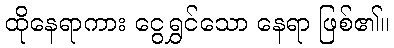
ထိုနေရာကား ငွေရွှင်သော နေရာ ဖြစ်၏။